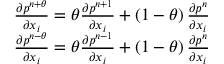
\begin{array} { r } { \frac { \partial { { p } ^ { n + \theta } } } { \partial { { x } _ { i } } } = \theta \frac { \partial { { p } ^ { n + 1 } } } { \partial { { x } _ { i } } } + \left( 1 - \theta \right) \frac { \partial { { p } ^ { n } } } { \partial { { x } _ { i } } } } \\ { \frac { \partial { { p } ^ { n - \theta } } } { \partial { { x } _ { i } } } = \theta \frac { \partial { { p } ^ { n - 1 } } } { \partial { { x } _ { i } } } + \left( 1 - \theta \right) \frac { \partial { { p } ^ { n } } } { \partial { { x } _ { i } } } } \end{array}